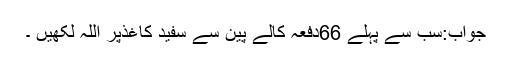
جواب:سب سے پہلے 66دفعہ کالے پین سے سفید کاغذپر اللہ لکھیں ۔